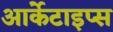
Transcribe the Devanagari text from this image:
आर्केटाइप्स